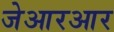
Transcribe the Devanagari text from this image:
जेआरआर